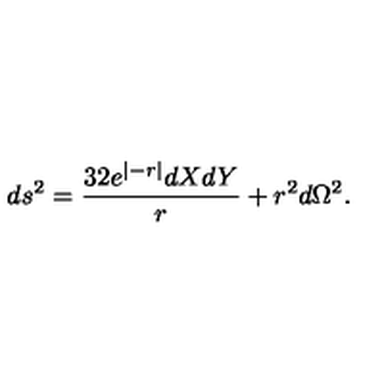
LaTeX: d s ^ { 2 } = { \frac { 3 2 e ^ { \vert - r \vert } d X d Y } { r } } + r ^ { 2 } d \Omega ^ { 2 } .